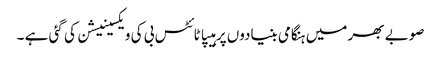
صوبے بھر میں ہنگامی بنیادوں پر ہیپاٹائٹس بی کی ویکسینیشن کی گئی ہے ۔